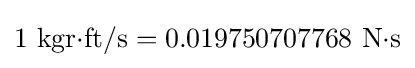
\mathrm {1\ kgr{\cdot }ft/s} =\mathrm {0.019750707768\ N{\cdot }s}